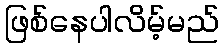
ဖြစ်နေပါလိမ့်မည်